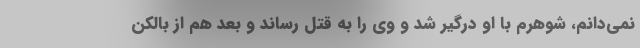
نمی‌دانم، شوهرم با او درگیر شد و وی را به قتل رساند و بعد هم از بالکن